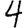
Digit: 4